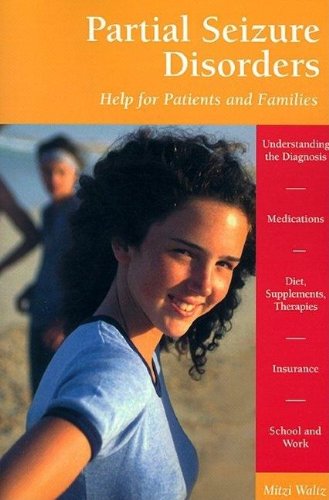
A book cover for Partial Seizure Disorders: Help for Patients and Families; Mitzi Waltz; Health, Fitness & Dieting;